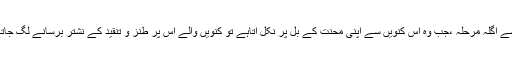
‘‘اس سے اگلہ مرحلہ ،جب وہ اس کنویں سے اپنی محنت کے بل پر نکل آتاہے تو کنویں والے اس پر طنز و تنقید کے نشتر برسانے لگ جاتے ہیں۔